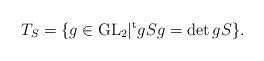
LaTeX: \begin{align*} T_S = \{ g\in {\rm GL}_2 | {}^{\rm t}gSg = \det g S \}. \end{align*}